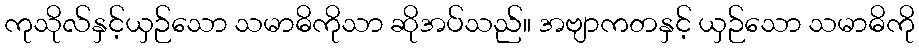
ကုသိုလ်နှင့်ယှဉ်သော သမာဓိကိုသာ ဆိုအပ်သည်။ အဗျာကတနှင့် ယှဉ်သော သမာဓိကို